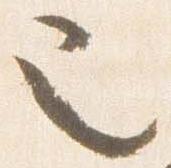
也